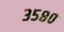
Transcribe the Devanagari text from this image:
३५८०